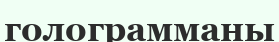
голограмманы